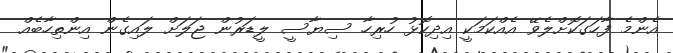
އެންމެ ފާހަގަކޮށްލެވޭ އެއްކަމަކީ އިދިކޮޅު ހުރިހާ ސިޔާސީ ލީޑަރުން ޖަލަށް ލައިގެން އިންތިހާބެއް